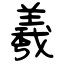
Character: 羲